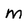
Character: m